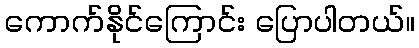
ကောက်နိုင်ကြောင်း ပြောပါတယ်။